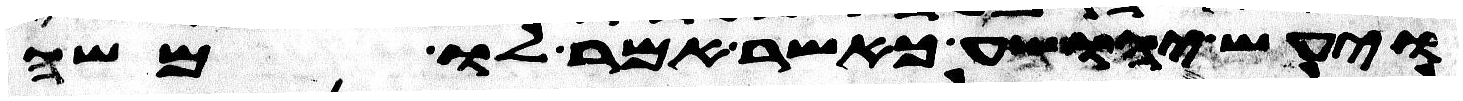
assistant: ויעש יהושע כאשר אמר לו משה